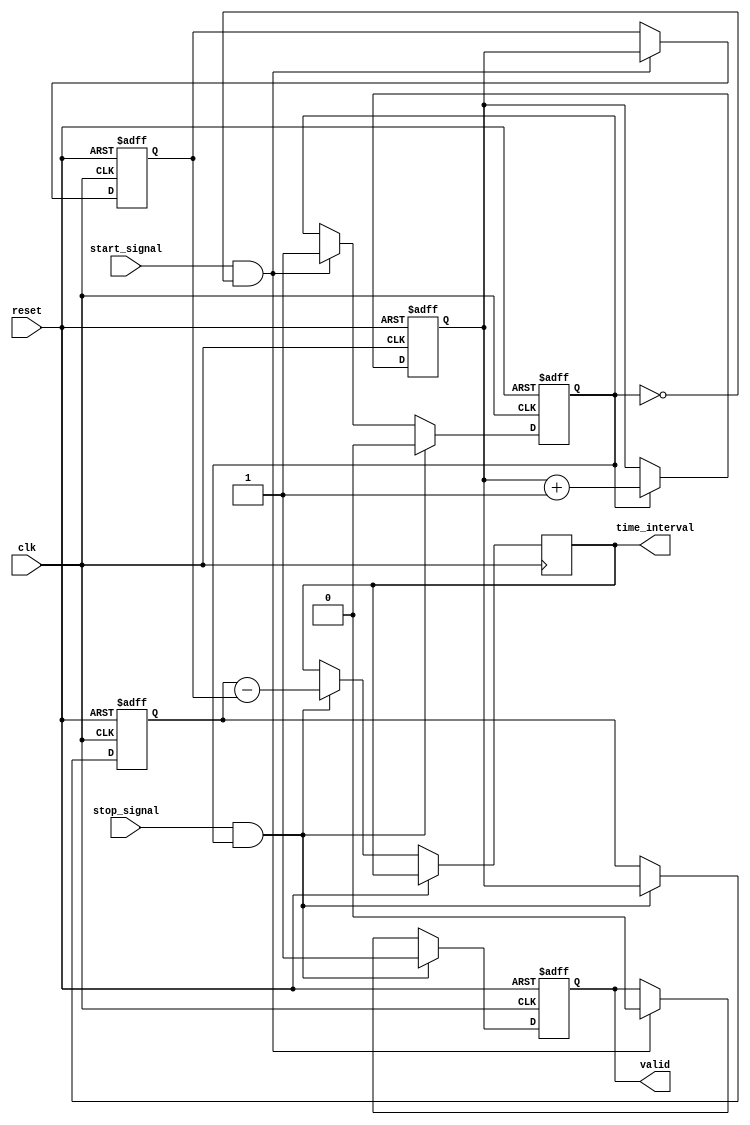
module TDC (
    input wire clk,                       // System clock
    input wire reset,                     // Reset signal
    input wire start_signal,              // Input signal to start timing
    input wire stop_signal,               // Input signal to stop timing
    output reg [15:0] time_interval,      // Measured time interval output
    output reg valid                      // Output valid signal
);

    // Parameters
    parameter DELAY_COUNT = 16;          // Number of delay elements
    parameter DELAY_RESOLUTION = 1;      // Delay resolution in clock cycles

    // Internal signals
    reg [15:0] counter;                   // Time measurement counter
    reg [15:0] start_count;               // Count value at start edge
    reg [15:0] stop_count;                // Count value at stop edge
    reg measuring;                        // Flag to indicate measuring state

    // Delay line simulation (for demonstration purposes)
    reg [DELAY_COUNT-1:0] delay_line [0:DELAY_COUNT-1];

    // Edge detection
    always @(posedge clk or posedge reset) begin
        if (reset) begin
            counter <= 0;
            start_count <= 0;
            stop_count <= 0;
            valid <= 0;
            measuring <= 0;
        end else begin
            // Increment counter
            if (measuring) begin
                counter <= counter + 1;
            end

            // Start edge detection
            if (start_signal && !measuring) begin
                start_count <= counter; // Capture start count
                measuring <= 1;         // Start measuring
                valid <= 0;             // Reset valid output
            end

            // Stop edge detection
            if (stop_signal && measuring) begin
                stop_count <= counter;  // Capture stop count
                measuring <= 0;         // Stop measuring
                time_interval <= stop_count - start_count; // Calculate time interval
                valid <= 1;             // Set valid output
            end
        end
    end

endmodule